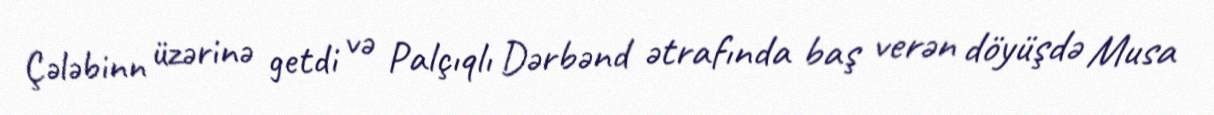
Çələbinn üzərinə getdi və Palçıqlı Dərbənd ətrafında baş verən döyüşdə Musa